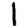
Digit: 1